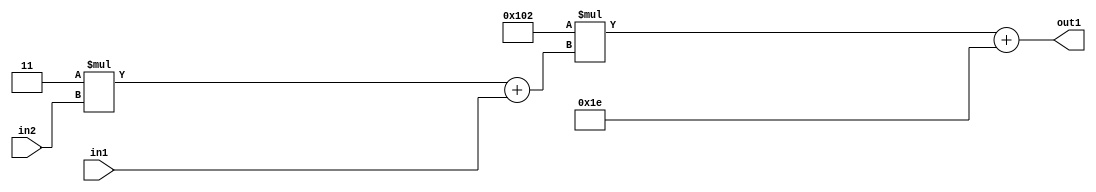
`timescale 1ps / 1ps
/*****************************************************************************
    Verilog RTL Description
    
    
    Created by: Stratus DpOpt 2019.1.01 
*******************************************************************************/

module DC_Filter_Add2i30Mul2i258Add2u1Mul2i3u2_1 (
	in2,
	in1,
	out1
	); /* architecture "behavioural" */ 
input [1:0] in2;
input  in1;
output [11:0] out1;
wire [11:0] asc001;
wire [3:0] asc002;

wire [3:0] asc002_tmp_0;
assign asc002_tmp_0 = 
	+(4'B0011 * in2);
assign asc002 = asc002_tmp_0
	+(in1);

wire [11:0] asc001_tmp_1;
assign asc001_tmp_1 = 
	+(12'B000100000010 * asc002);
assign asc001 = asc001_tmp_1
	+(12'B000000011110);

assign out1 = asc001;
endmodule

/* CADENCE  v7b2Qws= : u9/ySgnWtBlWxVPRXgAZ4Og= ** DO NOT EDIT THIS LINE ******/